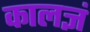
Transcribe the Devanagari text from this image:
कालज्ञं